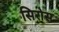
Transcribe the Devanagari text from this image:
सिरोस